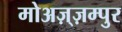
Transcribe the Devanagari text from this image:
मोअज़्ज़म्पुर